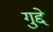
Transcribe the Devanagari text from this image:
गुद्दे